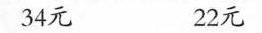
34元 22元